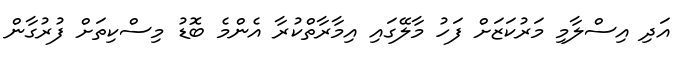
އަދި އިސްލާމި މަރުކަޒަށް ފަހު މާލޭގައި އިމާރާތްކުރާ އެންމެ ބޮޑު މިސްކިތަށް ފުރުގާން